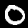
Digit: 0